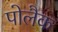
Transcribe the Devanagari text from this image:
पोलैक